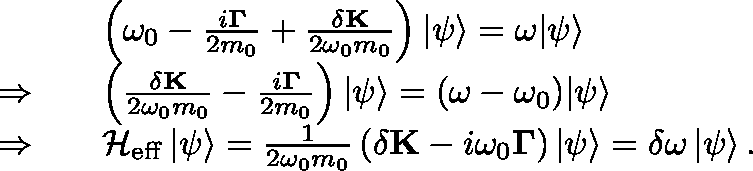
\begin{array} { r l } & { \left( { \omega _ { 0 } - \frac { { i { \bf { \Gamma } } } } { 2 m _ { 0 } } + \frac { { \delta \bf { K } } } { { 2 { \omega _ { 0 } } m _ { 0 } } } } \right) { \left| \psi \right\rangle } = \omega { \left| \psi \right\rangle } } \\ { \Rightarrow \quad } & { \left( { \frac { { \delta \bf { K } } } { { 2 { \omega _ { 0 } } m _ { 0 } } } - \frac { { i { \bf { \Gamma } } } } { 2 m _ { 0 } } } \right) { \left| \psi \right\rangle } = ( \omega - \omega _ { 0 } ) { \left| \psi \right\rangle } } \\ { \Rightarrow \quad } & { \mathcal { H } _ { \mathrm { e f f } } \left| \psi \right\rangle = \frac { { 1 } } { { 2 { \omega _ { 0 } } m _ { 0 } } } \left( { \delta \mathbf { K } - i \omega _ { 0 } \mathbf { \Gamma } } \right) { \left| \psi \right\rangle } = \delta \omega \left| \psi \right\rangle . } \end{array}